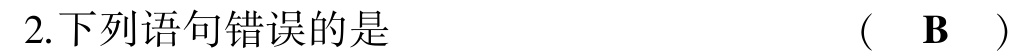
2.下列语句错误的是  (  B  )